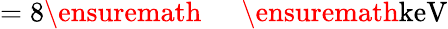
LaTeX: =8\ensuremath{\mathrm{~\textrm~{~\, ~}~}}\ensuremath{\mathrm{keV}}